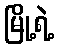
မြို့ရဲ့